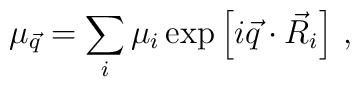
\mu_{\vec q}=\sum_{i}\mu_{i}\exp \left[ i\vec{q}\cdot \vec{R}_{i}\right]\, ,